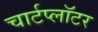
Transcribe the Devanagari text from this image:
चार्टप्लॉटर